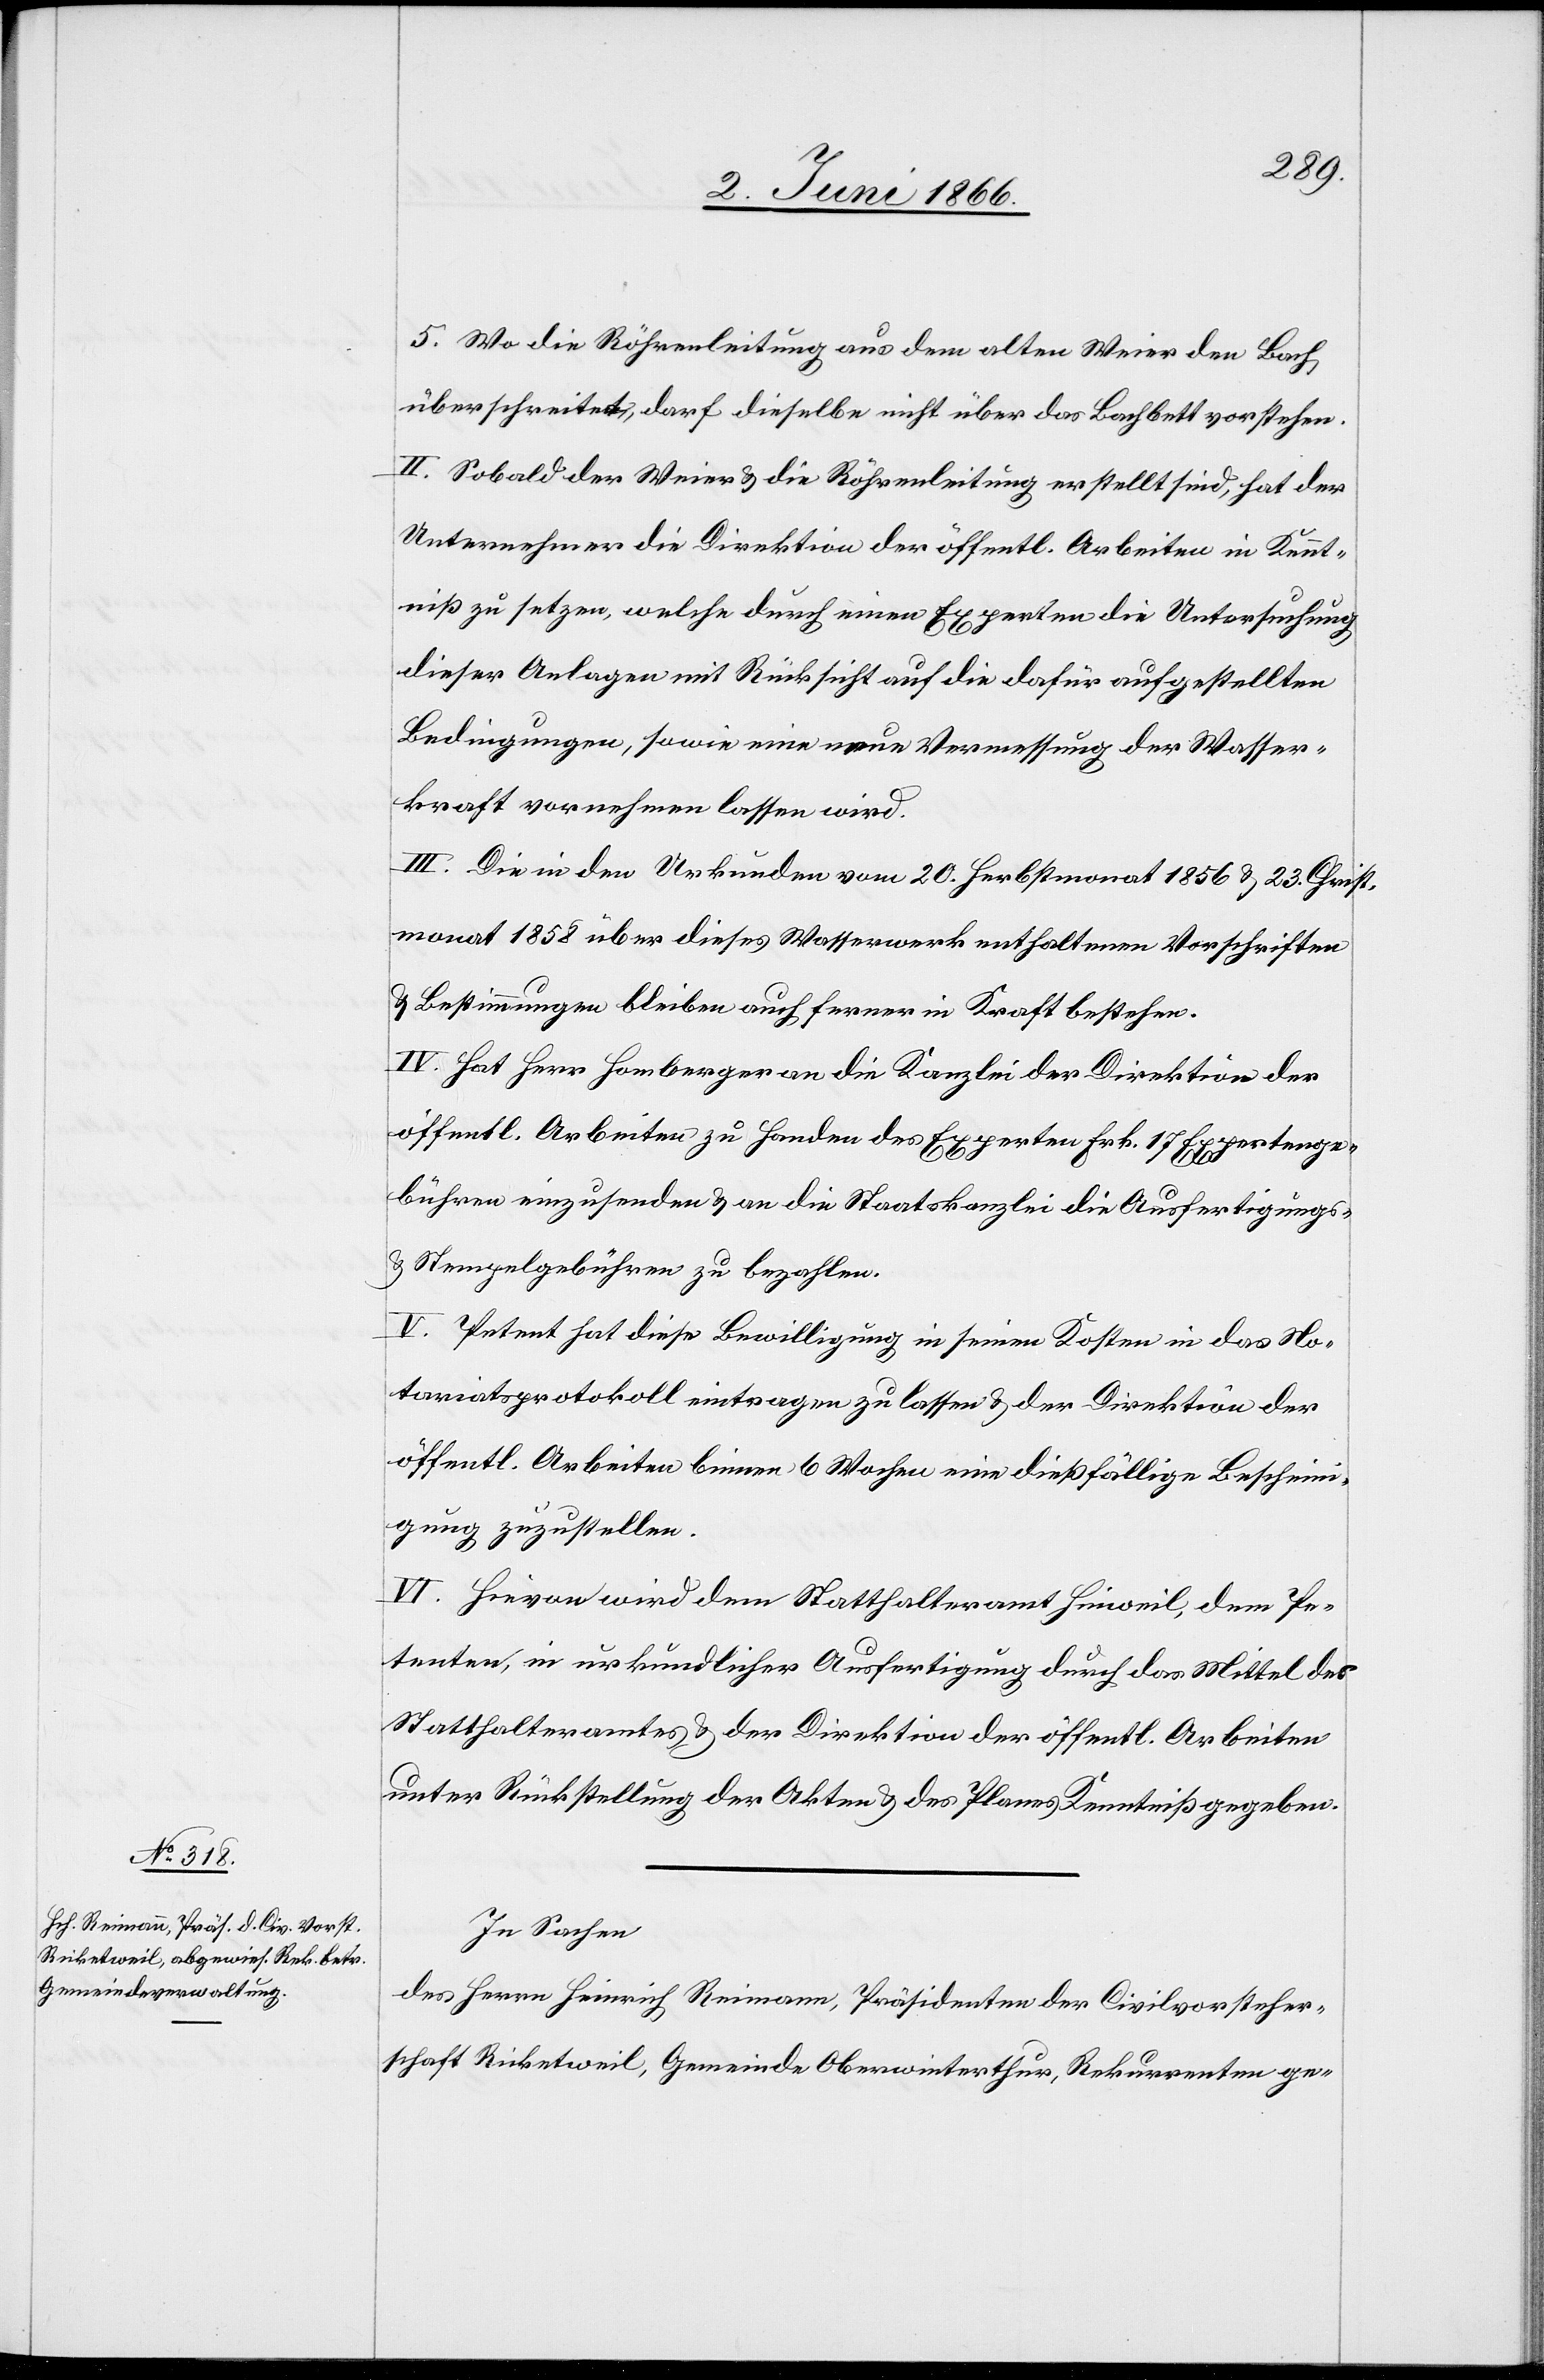
5. Wo die Röhrenleitung aus dem alten Weier den Bach
überschreitet, darf dieselbe nicht über das Bachbett vorstehen.
II. Sobald der Weier u. die Röhrenleitung erstellt sind, hat der
Unternehmer die Direktion der öffentl. Arbeiten in Kennt¬
niß zu setzen, welche durch einen Experten die Untersuchung
dieser Anlagen mit Rücksicht auf die dafür aufgestellten
Bedingungen, sowie ein neue Vermessung der Wasser¬
kraft vornehmen lassen wird.
III. Die in den Urkunden vom 20. Herbstmonat 1856 u. 23. Christ¬
monat 1858 über dieses Wasserwerk enthaltenen Vorschriften
u. Bestimmungen bleiben auch ferner in Kraft bestehen.
IV. Hat Herr Homberger an die Kanzlei der Direktion der
öffentl. Arbeiten zu Handen des Experten Frk. 17 Expertenge¬
bühren einzusenden u. an die Staatskanzlei die Ausfertigungs[-]
u. Stempelgebühren zu bezahlen.
V. Petent hat diese Bewilligung in seinen Kosten in das No¬
tariatsprotokoll eintragen zu lassen u. der Direktion der
öffentl. Arbeiten binnen 6 Wochen eine dießfällige Bescheini¬
gung zuzustellen.
VI. Hievon wird dem Statthalteramt Hinweil, dem Pe¬
tenten, in urkundlicher Ausfertigung durch das Mittel des
Statthalteramtes u. der Direktion der öffentl. Arbeiten
unter Rückstellung der Akten u. des Planes Kenntniß gegeben.
In Sachen
des Herrn Heinrich Reimann, Präsidenten der Civilvorsteher¬
schaft Ricketweil, Gemeinde Oberwinterthur, Rekurrenten ge-